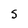
Character: S